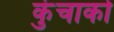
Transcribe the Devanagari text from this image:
कुंचाको